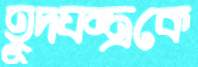
হূদযন্ত্রকে